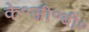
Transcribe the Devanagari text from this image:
के॰जी॰बी॰